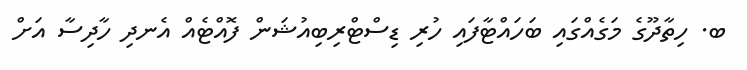
ބ. ހިތާދޫގެ މަގެއްގައި ބަހައްޓާފައި ހުރި ޑިސްޓްރިބިއުޝަން ފޮއްޓެއް އެނދި ހާދިސާ އަށް